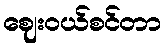
ဈေးဝယ်စင်တာ